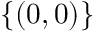
\{ ( 0 , 0 ) \}